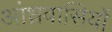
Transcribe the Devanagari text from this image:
आंध्रवासियों